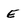
Character: E